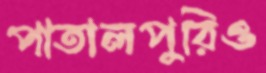
পাতালপুরিও